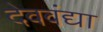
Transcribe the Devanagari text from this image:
देववंद्या